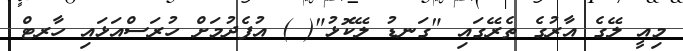
މިއީ ލޭގެ އާރުގެ ތެރޭގައި "ގަނޑު ލޭކޮޅު"( ) އުފެދުމަށް ހުރަސްއަޅައި ހާރޓް